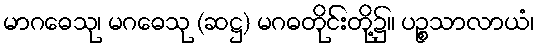
မာဂဓေသု၊ မဂဓေသု (ဆဋ္ဌ) မဂဓတိုင်းတို့၌။ ပဉ္စသာလာယံ၊